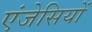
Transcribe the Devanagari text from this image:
एंजेसियों